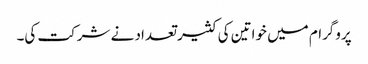
پروگرام میں خواتین کی کثیر تعداد نے شرکت کی۔